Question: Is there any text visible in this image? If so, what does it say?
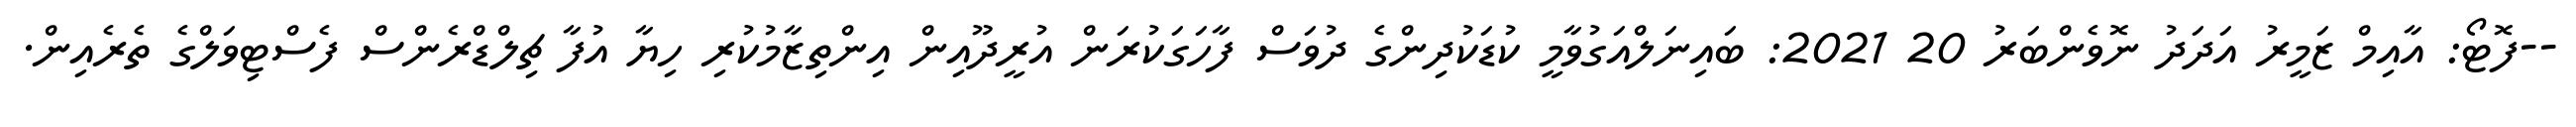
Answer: --ފޮޓޯ: އާއިމް ޒަމީރު އަދަދު ނޮވެންބަރު 20 2021: ބައިނަލްއަގުވާމީ ކުޑަކުދިންގެ ދުވަސް ފާހަގަކުރަން އުރީދޫއިން އިންތިޒާމުކުރި ހިޔާ އުފާ ޗިލްޑްރެންސް ފެސްޓިވަލްގެ ތެރެއިން.